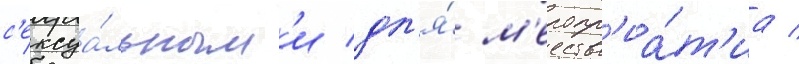
с'ексуа́льным'и дл'я́ м'еропр'иа́т'иа /